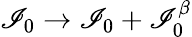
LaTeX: \mathscr{I}_{0}\rightarrow\mathscr{I}_{0}+\mathscr{I}_{0}^{\beta}